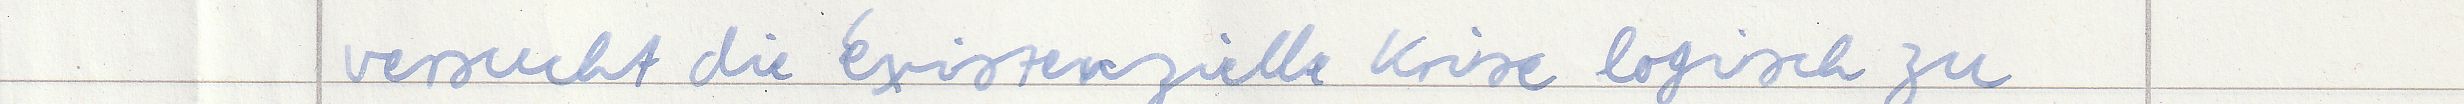
versucht die existenzielle Krise logisch zu